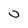
Character: 0